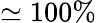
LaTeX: \simeq 100\%